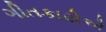
ગીતકારોએ